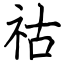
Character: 祜